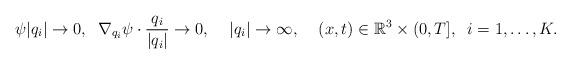
LaTeX: \begin{align*}\psi|q_i|\rightarrow0,\;\;\nabla_{q_i}\psi\cdot\frac{q_i}{|q_i|}\rightarrow0,\;\;\;\;|q_i|\rightarrow\infty,\;\;\;\;(x,t)\in\mathbb{R}^3\times(0,T],\;\;i=1,\ldots,K.\end{align*}